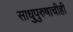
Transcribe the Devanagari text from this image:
साधुपुरुषाचीही